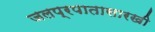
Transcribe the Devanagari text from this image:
जलप्रपातासारखी